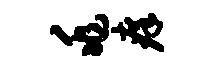
兆痒